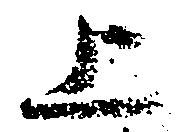
上